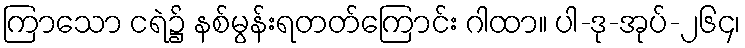
ကြာသော ငရဲ၌ နစ်မွန်းရတတ်ကြောင်း ဂါထာ။ ပါ-ဒု-အုပ်-၂၆၄၊